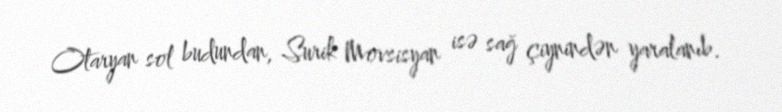
Otaryan sol budundan, Surik Movsisyan isə sağ çiynindən yaralanıb.